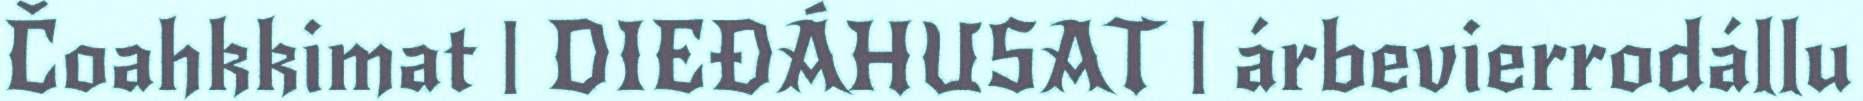
Čoahkkimat | DIEĐÁHUSAT | árbevierrodállu